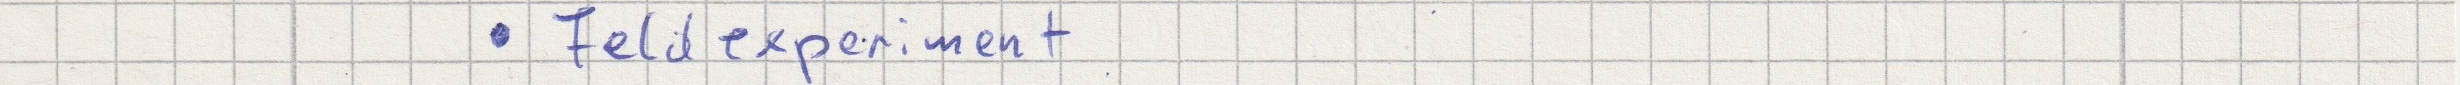
- Feldexperiment